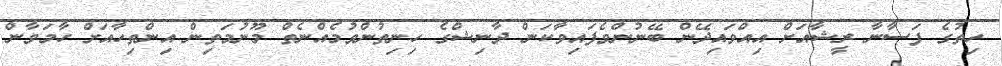
ހިތުގެ ފަސާނާ ރީޝާއަށް އިއްވައިދޭން ބޭނުންވެފައިވާކަން ދާނިޝްގެ ހިނިތުންވުުމެއްނެތް މޫނުމަތިން އިންތިހާއަށް ހާމަވާން